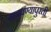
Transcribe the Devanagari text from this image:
वाढवण्यापुरती